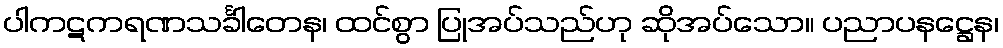
ပါကဋကရဏသင်္ခါတေန၊ ထင်စွာ ပြုအပ်သည်ဟု ဆိုအပ်သော။ ပညာပနဋ္ဌေန၊